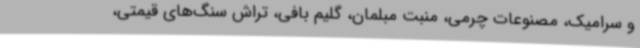
و سرامیک، مصنوعات چرمی، منبت مبلمان، گلیم بافی، تراش سنگ‌های قیمتی،